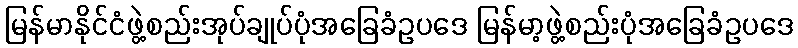
မြန်မာနိုင်ငံဖွဲ့စည်းအုပ်ချုပ်ပုံအခြေခံဥပဒေ မြန်မာ့ဖွဲ့စည်းပုံအခြေခံဥပဒေ